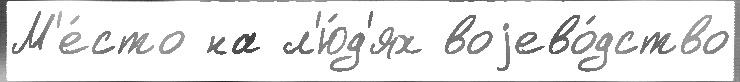
М'е́сто на л'ю́д'ях воjево́дство